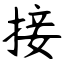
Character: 接